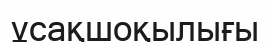
ұсақшоқылығы